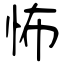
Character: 怖